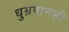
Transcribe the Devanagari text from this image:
धुम्रपानही